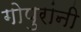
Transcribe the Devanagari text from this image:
गोपुरांनी